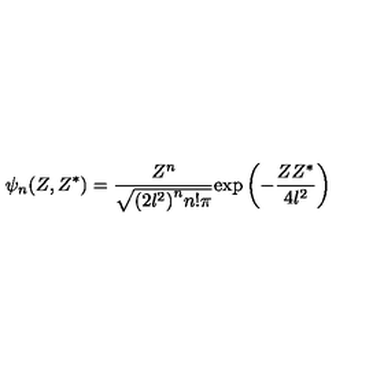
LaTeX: \psi _ { n } ( Z , Z ^ { \ast } ) = \frac { Z ^ { n } } { \sqrt { { ( 2 l ^ { 2 } ) } ^ { n } n ! \pi } } { \exp } \left( - \frac { Z Z ^ { \ast } } { 4 l ^ { 2 } } \right)